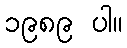
၁၉၈၉ ပါ။